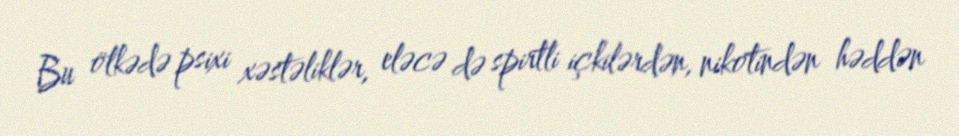
Bu ölkədə psixi xəstəliklər, eləcə də spirtli içkilərdən, nikotindən həddən